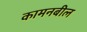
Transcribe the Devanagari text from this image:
कामनबील